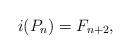
LaTeX: \begin{align*}i(P_n)=F_{n+2},\end{align*}